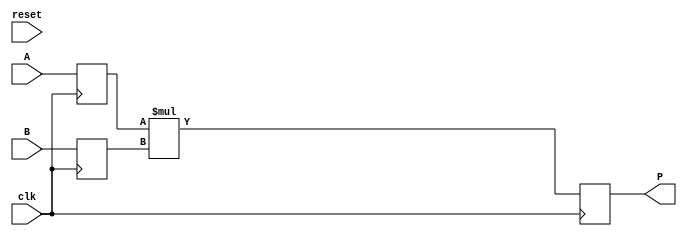
module dsp_mult #(parameter A_WIDTH = 2, B_WIDTH = 2) (clk, reset, A, B, P);
	input clk, reset;
	input  [A_WIDTH-1:0] A;
	input  [B_WIDTH-1:0] B;
	output   reg [A_WIDTH + B_WIDTH-1:0] P;
	reg signed [A_WIDTH-1:0] i1;
	reg signed [B_WIDTH-1:0] i2;
	reg  [A_WIDTH + B_WIDTH-1:0] mul;
	always @(posedge clk) begin
			i1 <= A;
			i2 <= B;
		end

always @(posedge clk) begin
		P <= mul;
end

always @ (*)  begin
	mul  = i1 * i2;
end

endmodule